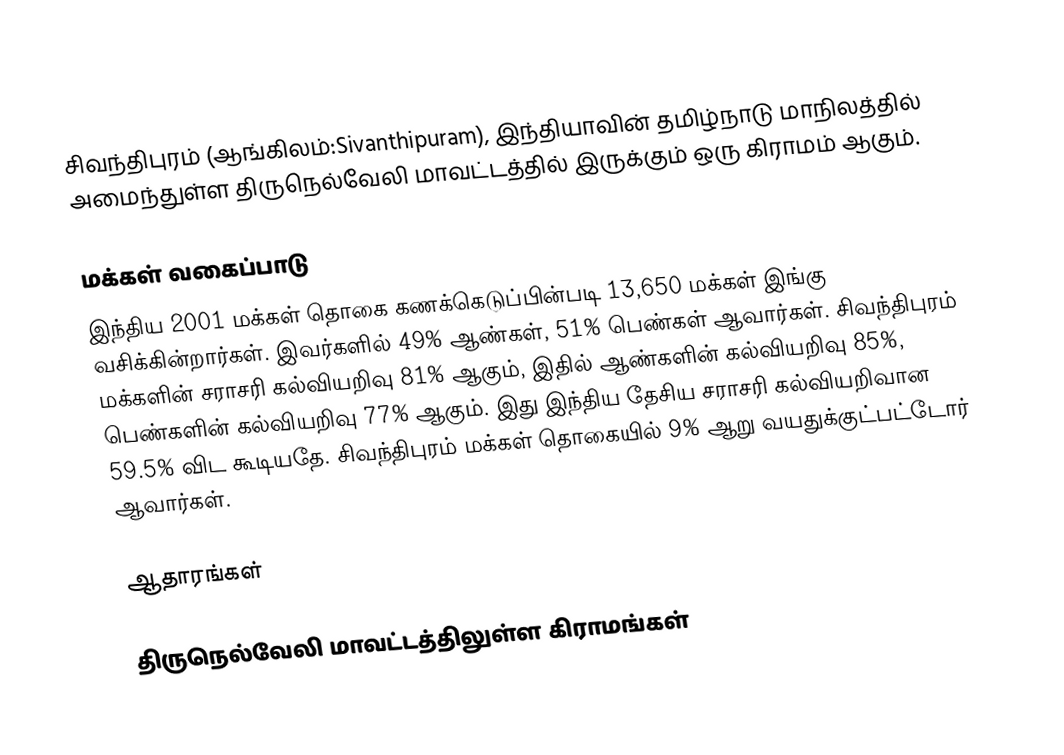
சிவந்திபுரம் (ஆங்கிலம்:Sivanthipuram), இந்தியாவின் தமிழ்நாடு மாநிலத்தில் அமைந்துள்ள திருநெல்வேலி மாவட்டத்தில் இருக்கும் ஒரு கிராமம் ஆகும்.

மக்கள் வகைப்பாடு
இந்திய 2001 மக்கள் தொகை கணக்கெடுப்பின்படி 13,650 மக்கள் இங்கு வசிக்கின்றார்கள். இவர்களில் 49% ஆண்கள், 51% பெண்கள் ஆவார்கள். சிவந்திபுரம் மக்களின் சராசரி கல்வியறிவு 81% ஆகும்,  இதில் ஆண்களின் கல்வியறிவு 85%,  பெண்களின் கல்வியறிவு 77% ஆகும். இது இந்திய தேசிய சராசரி கல்வியறிவான 59.5% விட கூடியதே. சிவந்திபுரம் மக்கள் தொகையில் 9%  ஆறு வயதுக்குட்பட்டோர் ஆவார்கள்.

ஆதாரங்கள்

திருநெல்வேலி மாவட்டத்திலுள்ள கிராமங்கள்